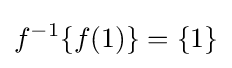
f^{-1}\{f(1)\}=\{1\}